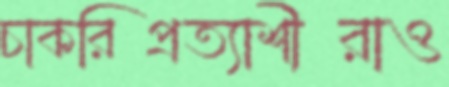
চাকরিপ্রত্যাশীরাও